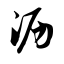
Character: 沥